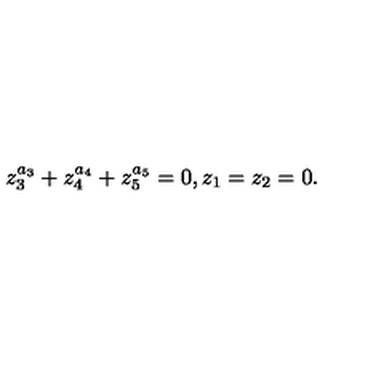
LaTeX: z _ { 3 } ^ { a _ { 3 } } + z _ { 4 } ^ { a _ { 4 } } + z _ { 5 } ^ { a _ { 5 } } = 0 , z _ { 1 } = z _ { 2 } = 0 .